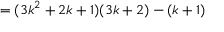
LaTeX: = ( 3 k ^ { 2 } + 2 k + 1 ) ( 3 k + 2 ) - ( k + 1 )